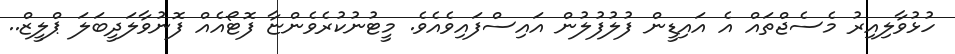
ހުޅުވާލިއިރު މެސެޖްތައް އެ އައިޑީން ފުލުފުލުން އައިސްފައިވެއެވެ. މީޓުނުކުރެވެންޏާ ފޮޓޯއެއް ފޮނުވާލަދީބަލަ ޕްލީޒް..